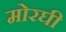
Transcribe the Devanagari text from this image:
मोरघी